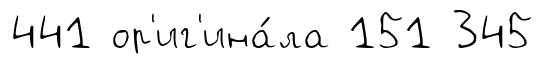
441 ор'иг'ина́ла 151 345